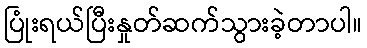
ပြုံးရယ်ပြီးနှုတ်ဆက်သွားခဲ့တာပါ။